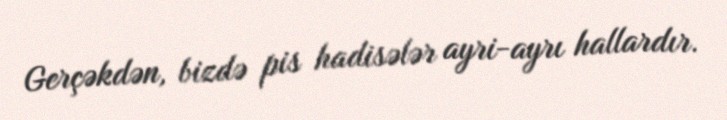
Gerçəkdən, bizdə pis hadisələr ayri-ayrı hallardır.